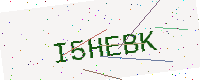
Text: I5HEBK